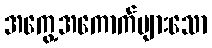
အကွေ့အကောက်များသော